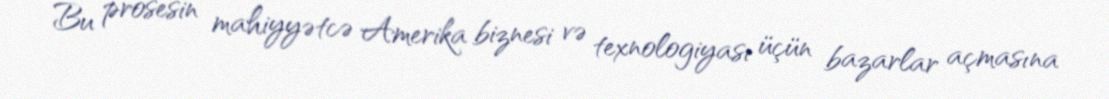
Bu prosesin mahiyyətcə Amerika biznesi və texnologiyası üçün bazarlar açmasına